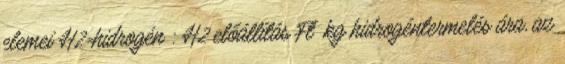
elemei H2=hidrogén : H2 előállítás Ft kg hidrogéntermelés ára, az